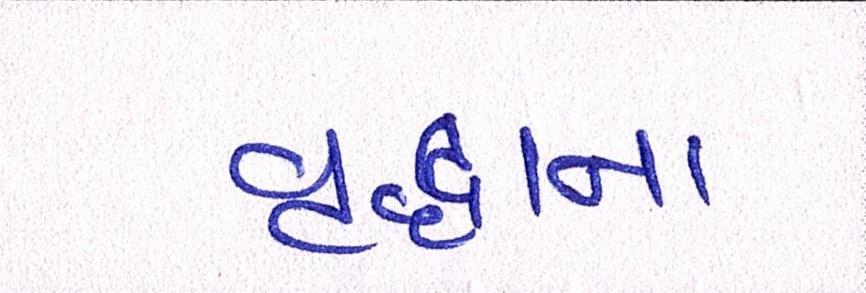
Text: વૃદ્ધાના